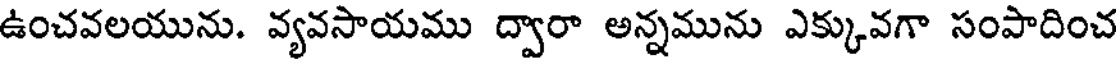
ఉంచవలయును. వ్యవసాయము ద్వారా అన్నమును ఎక్కువగా సంపాదించ